画像に写った文字を読んでください
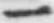
「一」と書いてあります